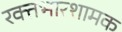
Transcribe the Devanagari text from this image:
रक्तभारशामक